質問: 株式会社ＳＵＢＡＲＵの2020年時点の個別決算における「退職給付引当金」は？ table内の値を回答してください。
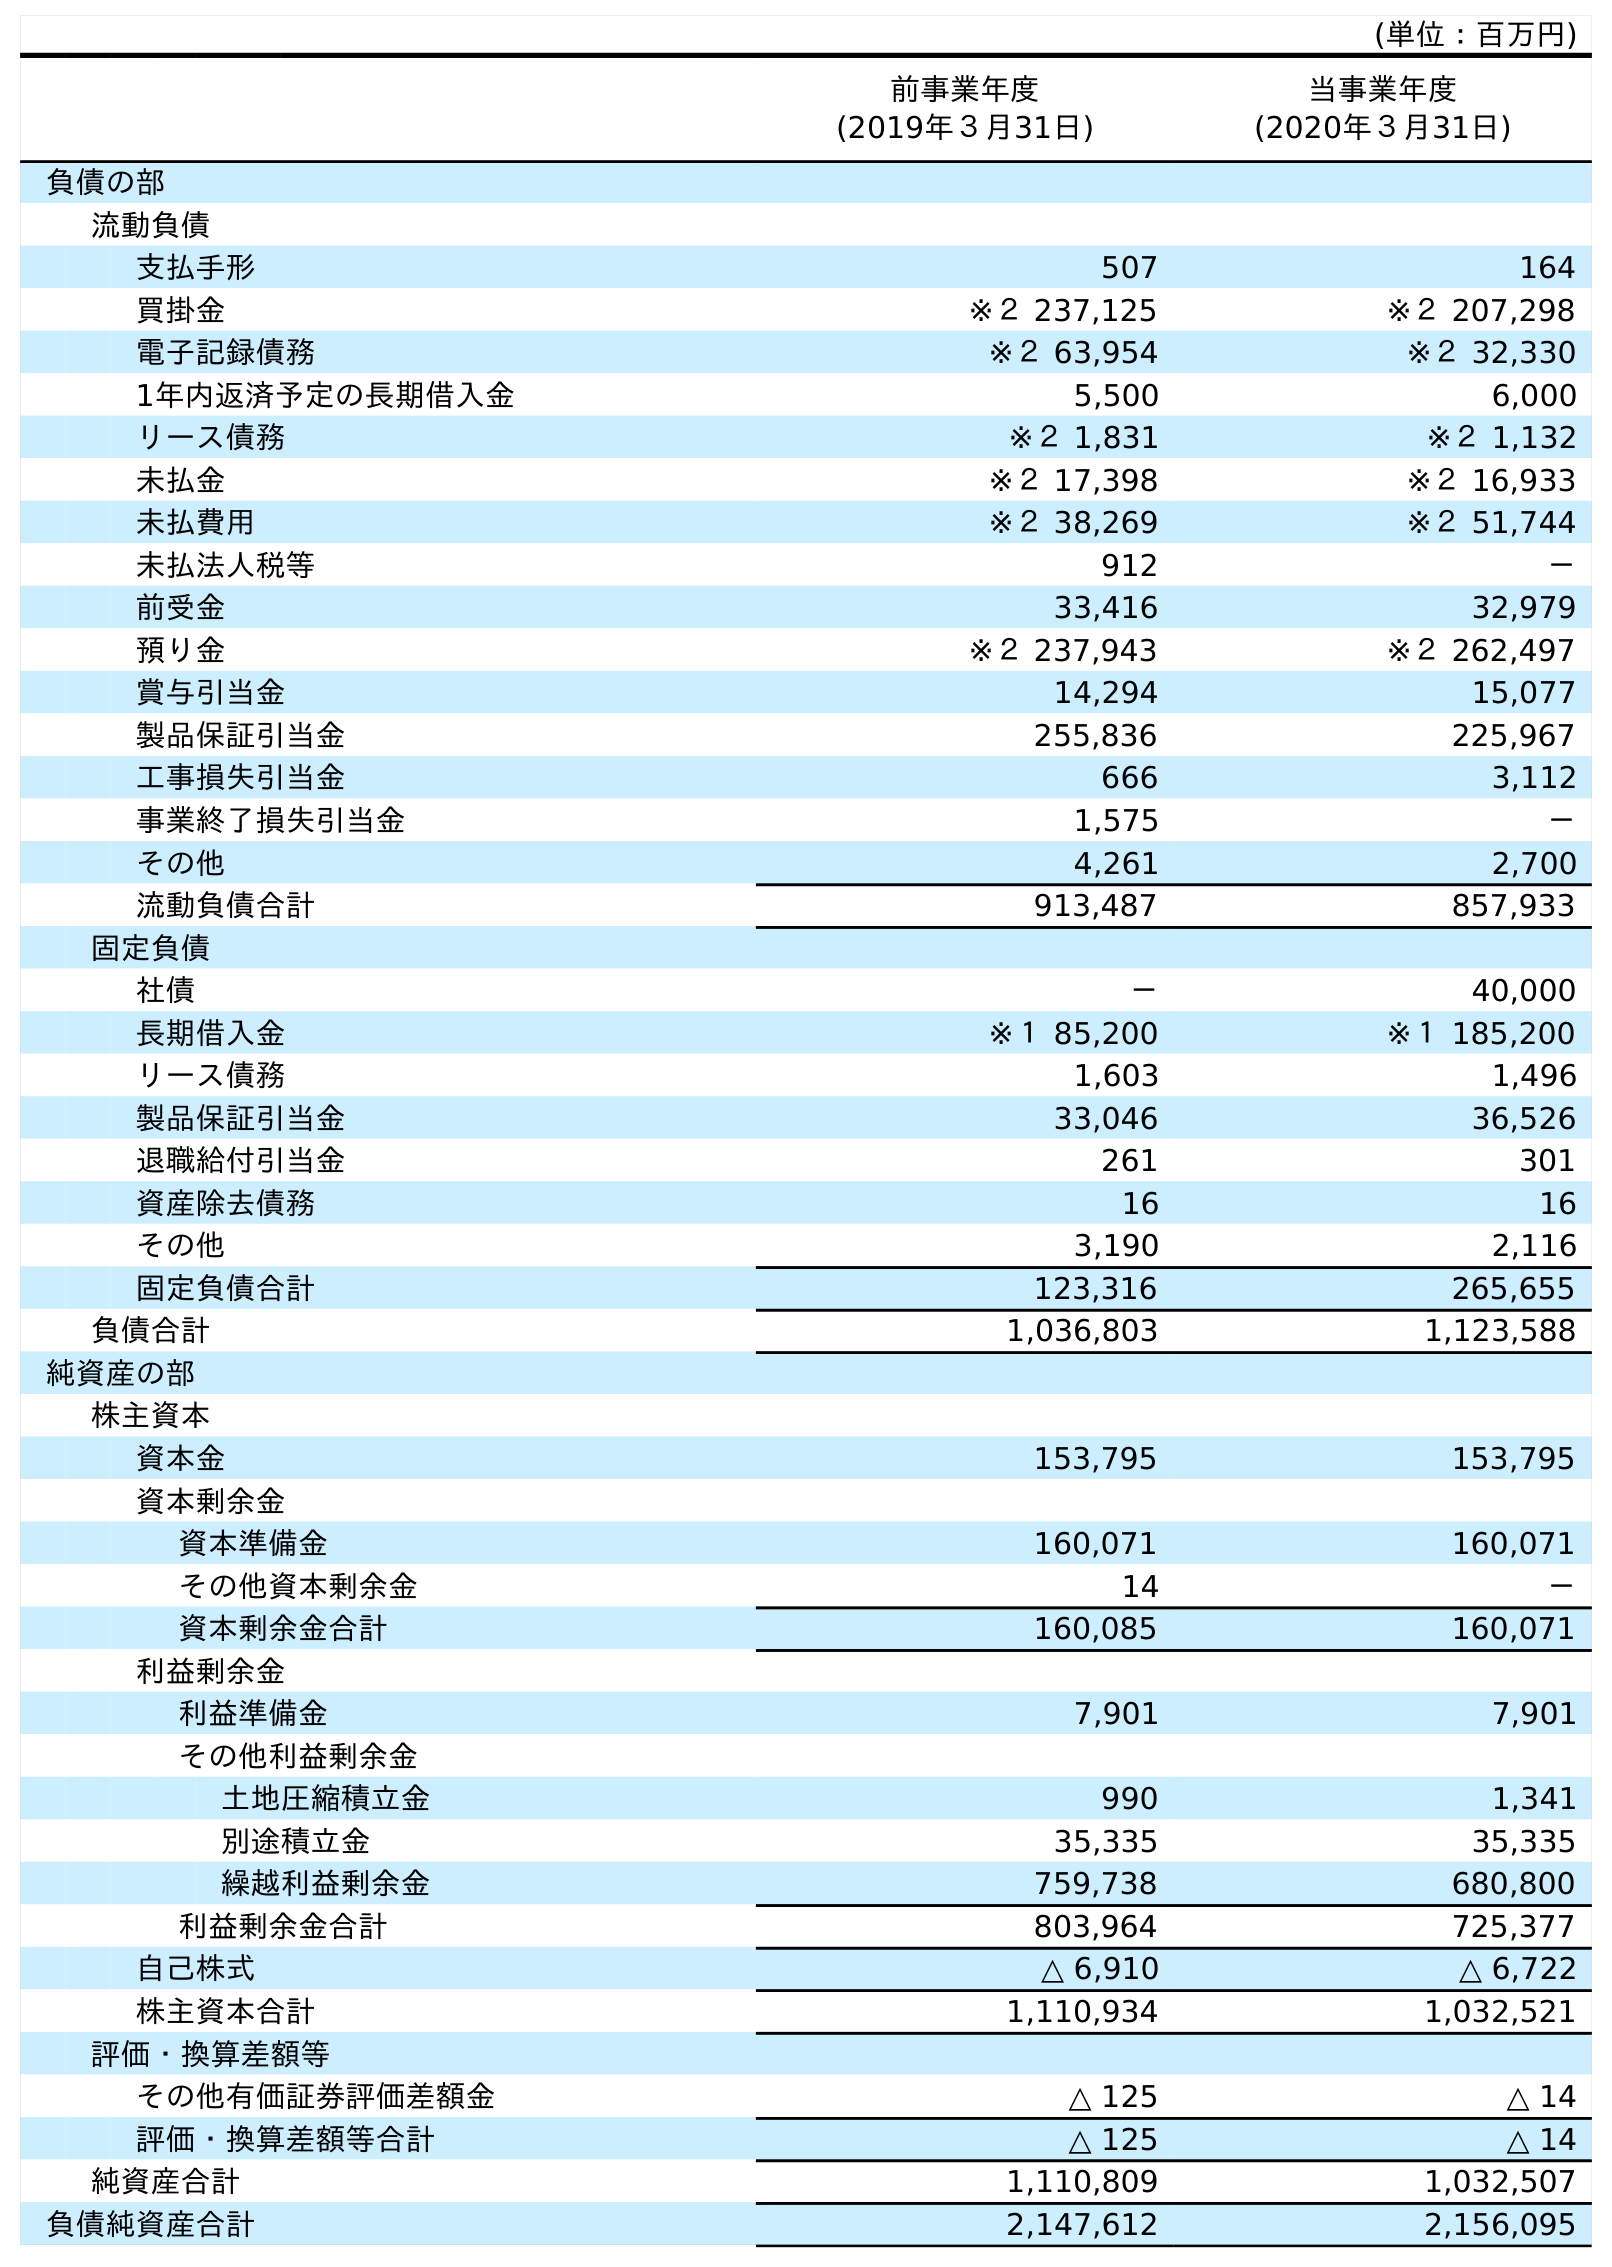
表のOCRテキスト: (単位：百万円) 前事業年度 (2019年３月31日) 当事業年度 (2020年３月31日) 負債の部 流動負債 支払手形 507 164 買掛金 ※２ 237,125 ※２ 207,298 電子記録債務 ※２ 63,954 ※２ 32,330 1年内返済予定の長期借入金 5,500 6,000 リース債務 ※２ 1,831 ※２ 1,132 未払金 ※２ 17,398 ※２ 16,933 未払費用 ※２ 38,269 ※２ 51,744 未払法人税等 912 － 前受金 33,416 32,979 預り金 ※２ 237,943 ※２ 262,497 賞与引当金 14,294 15,077 製品保証引当金 255,836 225,967 工事損失引当金 666 3,112 事業終了損失引当金 1,575 － その他 4,261 2,700 流動負債合計 913,487 857,933 固定負債 社債 － 40,000 長期借入金 ※１ 85,200 ※１ 185,200 リース債務 1,603 1,496 製品保証引当金 33,046 36,526 退職給付引当金 261 301 資産除去債務 16 16 その他 3,190 2,116 固定負債合計 123,316 265,655 負債合計 1,036,803 1,123,588 純資産の部 株主資本 資本金 153,795 153,795 資本剰余金 資本準備金 160,071 160,071 その他資本剰余金 14 － 資本剰余金合計 160,085 160,071 利益剰余金 利益準備金 7,901 7,901 その他利益剰余金 土地圧縮積立金 990 1,341 別途積立金 35,335 35,335 繰越利益剰余金 759,738 680,800 利益剰余金合計 803,964 725,377 自己株式 △ 6,910 △ 6,722 株主資本合計 1,110,934 1,032,521 評価・換算差額等 その他有価証券評価差額金 △ 125 △ 14 評価・換算差額等合計 △ 125 △ 14 純資産合計 1,110,809 1,032,507 負債純資産合計 2,147,612 2,156,095
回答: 301